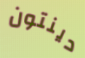
دينتون